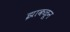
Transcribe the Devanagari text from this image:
झाकळून